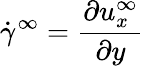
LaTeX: \dot{\gamma}^{\infty}=\frac{\partial{u_{x}^{\infty}}}{\partial y}